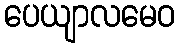
ပေယျာလမေဝ